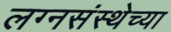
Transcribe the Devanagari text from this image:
लग्नसंस्थेच्या